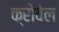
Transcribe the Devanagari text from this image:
क्रोवेल